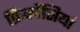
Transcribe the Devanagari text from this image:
फ्रिक्वेंसियां